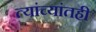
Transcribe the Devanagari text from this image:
त्यांच्यांतही